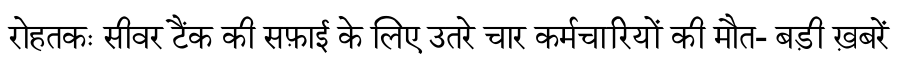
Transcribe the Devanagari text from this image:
रोहतकः सीवर टैंक की सफ़ाई के लिए उतरे चार कर्मचारियों की मौत- बड़ी ख़बरें